Annual report on the Civil Veterinary Department, Burma (including the Insein Veterinary School) - 1932-1941
Year: 1932
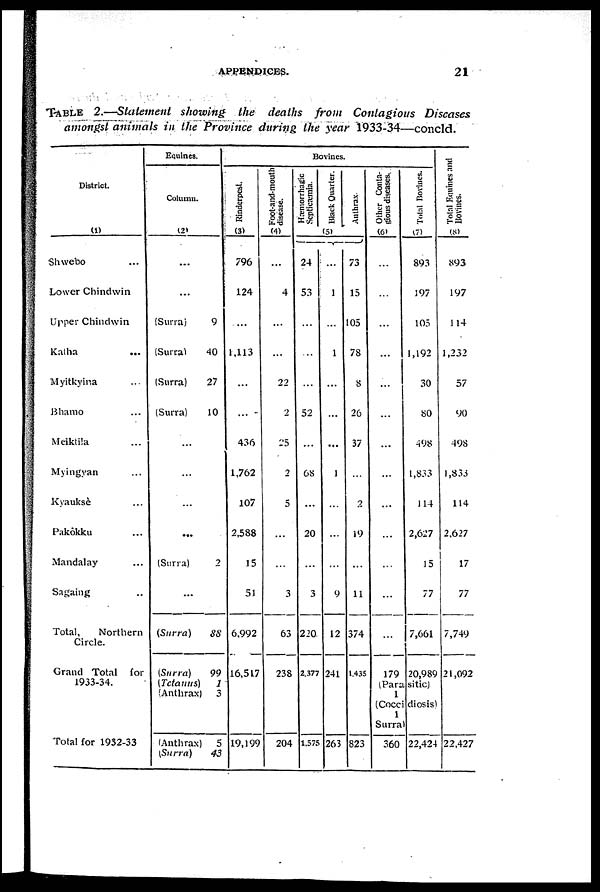
APPENDICES.
21
TABLE 2.—Statement showing the deaths from Contagious Diseases
amongst animals in the Province during the year 1933-34—concld.
District.
(1)
Shwebo ...
Lower Chindwin
Upper Chindwin
Katha ...
Myitkyina ...
Bhamo ...
Meiktila ...
Myingyan ...
Kyauksè ...
Pakôkku ...
Mandalay ...
Sagaing ..
Total,
Northern
Circle.
Grand Total for
1933-34.
Total for 1932-33
Equines.
Column.
(2)
...
...
(Surra)
9
(Surra)
40
(Surra)
27
(Surra)
10
...
...
...
...
(Surra)
2
...
(Surra)
88
(Surra)
99
(Tetanus)
1
(Anthrax) 3
(Anthrax)
5
(Surra)
43
Bovines.
Rinderpest.
(3)
796
124
...
1,113
...
...
436
1,762
107
2,588
15
51
6,992
16,517
19,199
Foot-and-mouth
disease.
(4)
...
4
...
...
22
2
25
2
5
...
...
3
63
238
204
Hæmorrhagic
Septicæmia.
Black Quarter.
(5)
Anthrax
24
53
...
...
...
52
...
68
...
20
...
3
220
2,377
1,575
...
1
...
1
...
...
...
1
...
...
...
9
12
241
263
73
15
105
78
8
26
37
...
2
19
...
11
374
1,435
823
Other Conta-
gious diseases.
(6)
...
...
...
...
...
...
...
...
...
...
...
...
179
Total Bovines.
(7)
893
197
105
1,192
30
80
498
1,833
114
2,627
15
77
7,661
20,989
(Parasitic)
1
(Coccidiosis)
1
Surra)
360 22,424
Total Emmies and
Bovines.
(8)
893
197
114
1,232
57
90
498
1,833
114
2,627
17
77
7,749
21,092
22,427